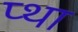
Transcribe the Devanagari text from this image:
प्था